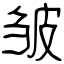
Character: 皱